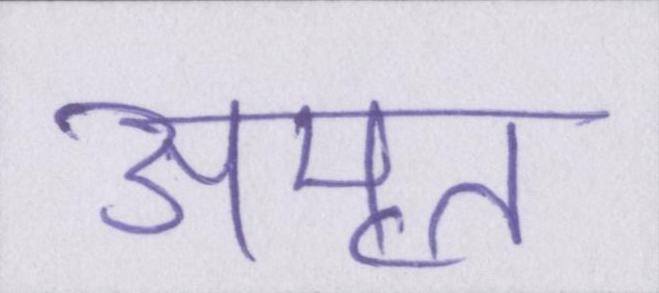
अमृत